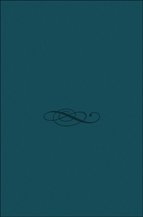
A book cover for Fondues; Marlisa Szwillus; Cookbooks, Food & Wine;